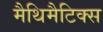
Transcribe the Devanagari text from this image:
मैथिमैटिक्स